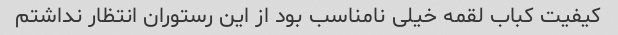
کیفیت کباب لقمه خیلی نامناسب بود از این رستوران انتظار نداشتم